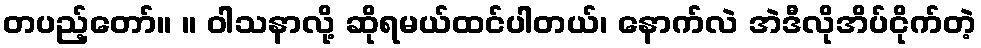
တပည့်တော်။ ။ ဝါသနာလို့ ဆိုရမယ်ထင်ပါတယ်၊ နောက်လဲ အဲဒီလိုအိပ်ငိုက်တဲ့